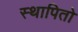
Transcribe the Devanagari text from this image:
स्थापितो